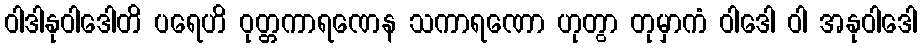
ဝါဒါနုဝါဒေါတိ ပရေဟိ ဝုတ္တကာရဏေန သကာရဏော ဟုတွာ တုမှာကံ ဝါဒေါ ဝါ အနုဝါဒေါ